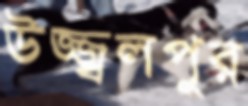
উজ্জ্বলপুর